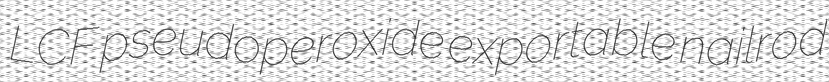
LCF pseudoperoxide exportable nailrod